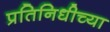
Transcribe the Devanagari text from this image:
प्रतिनिधीच्या